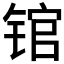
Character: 𰾒